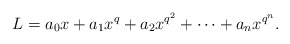
\begin{align*}L=a_0x+a_1x^q+a_2x^{q^2}+\cdots+a_n x^{q^n}.\end{align*}